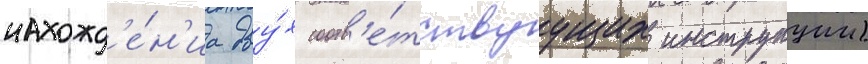
нахожд'е́н'иа дву́х соотв'е́тствуущих инструкции)